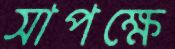
সাপক্ষে